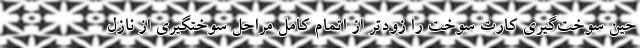
حین سوخت‌گیری کارت سوخت را زودتر از اتمام کامل مراحل سوختگیری از نازل